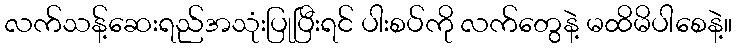
လက်သန့်ဆေးရည်အသုံးပြုပြီးရင် ပါးစပ်ကို လက်တွေနဲ့ မထိမိပါစေနဲ့။